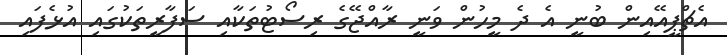
އެޗްޕީއޭއިން ބުނީ އެ ދެ މީހުން ވަނީ ރާއްޖޭގެ ރިސޯޓުތަކާއި ސަފާރީތަކުގައި އުޅެފައި